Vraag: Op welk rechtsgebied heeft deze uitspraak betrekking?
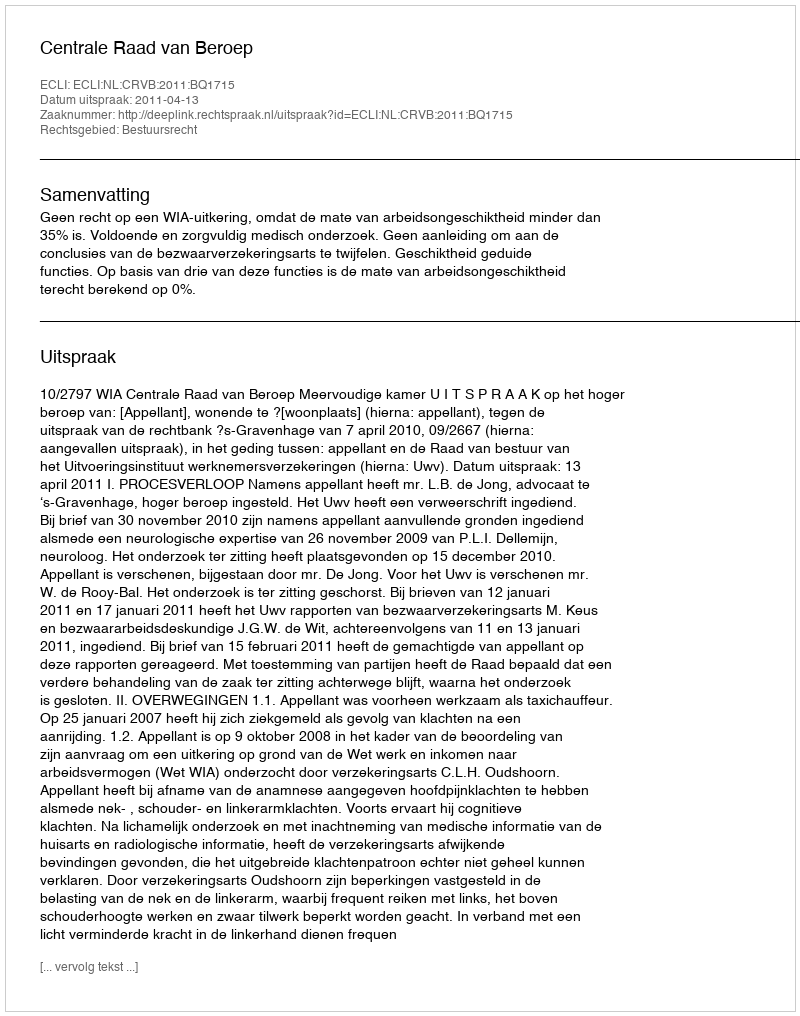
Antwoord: Bestuursrecht